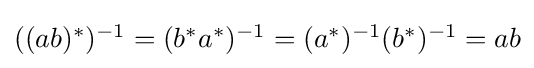
{\textstyle ((ab)^{*})^{-1}=(b^{*}a^{*})^{-1}=(a^{*})^{-1}(b^{*})^{-1}=ab}